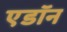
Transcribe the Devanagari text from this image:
एडॉन